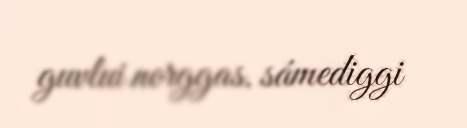
guvlui norggas. sámediggi